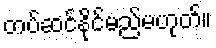
တပ်ဆင်နိုင်မည်မဟုတ်။